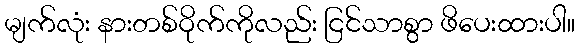
မျက်လုံး နားတစ်ဝိုက်ကိုလည်း ငြင်သာစွာ ဖိပေးထားပါ။